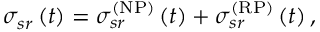
\sigma _ { s r } \left( t \right) = \sigma _ { s r } ^ { \left( \mathrm { N P } \right) } \left( t \right) + \sigma _ { s r } ^ { \left( \mathrm { R P } \right) } \left( t \right) ,